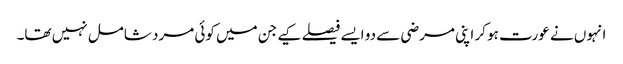
انہوں نے عورت ہو کر اپنی مرضی سے دو ایسے فیصلے کیے جن میں کوئی مرد شامل نہیں تھا۔